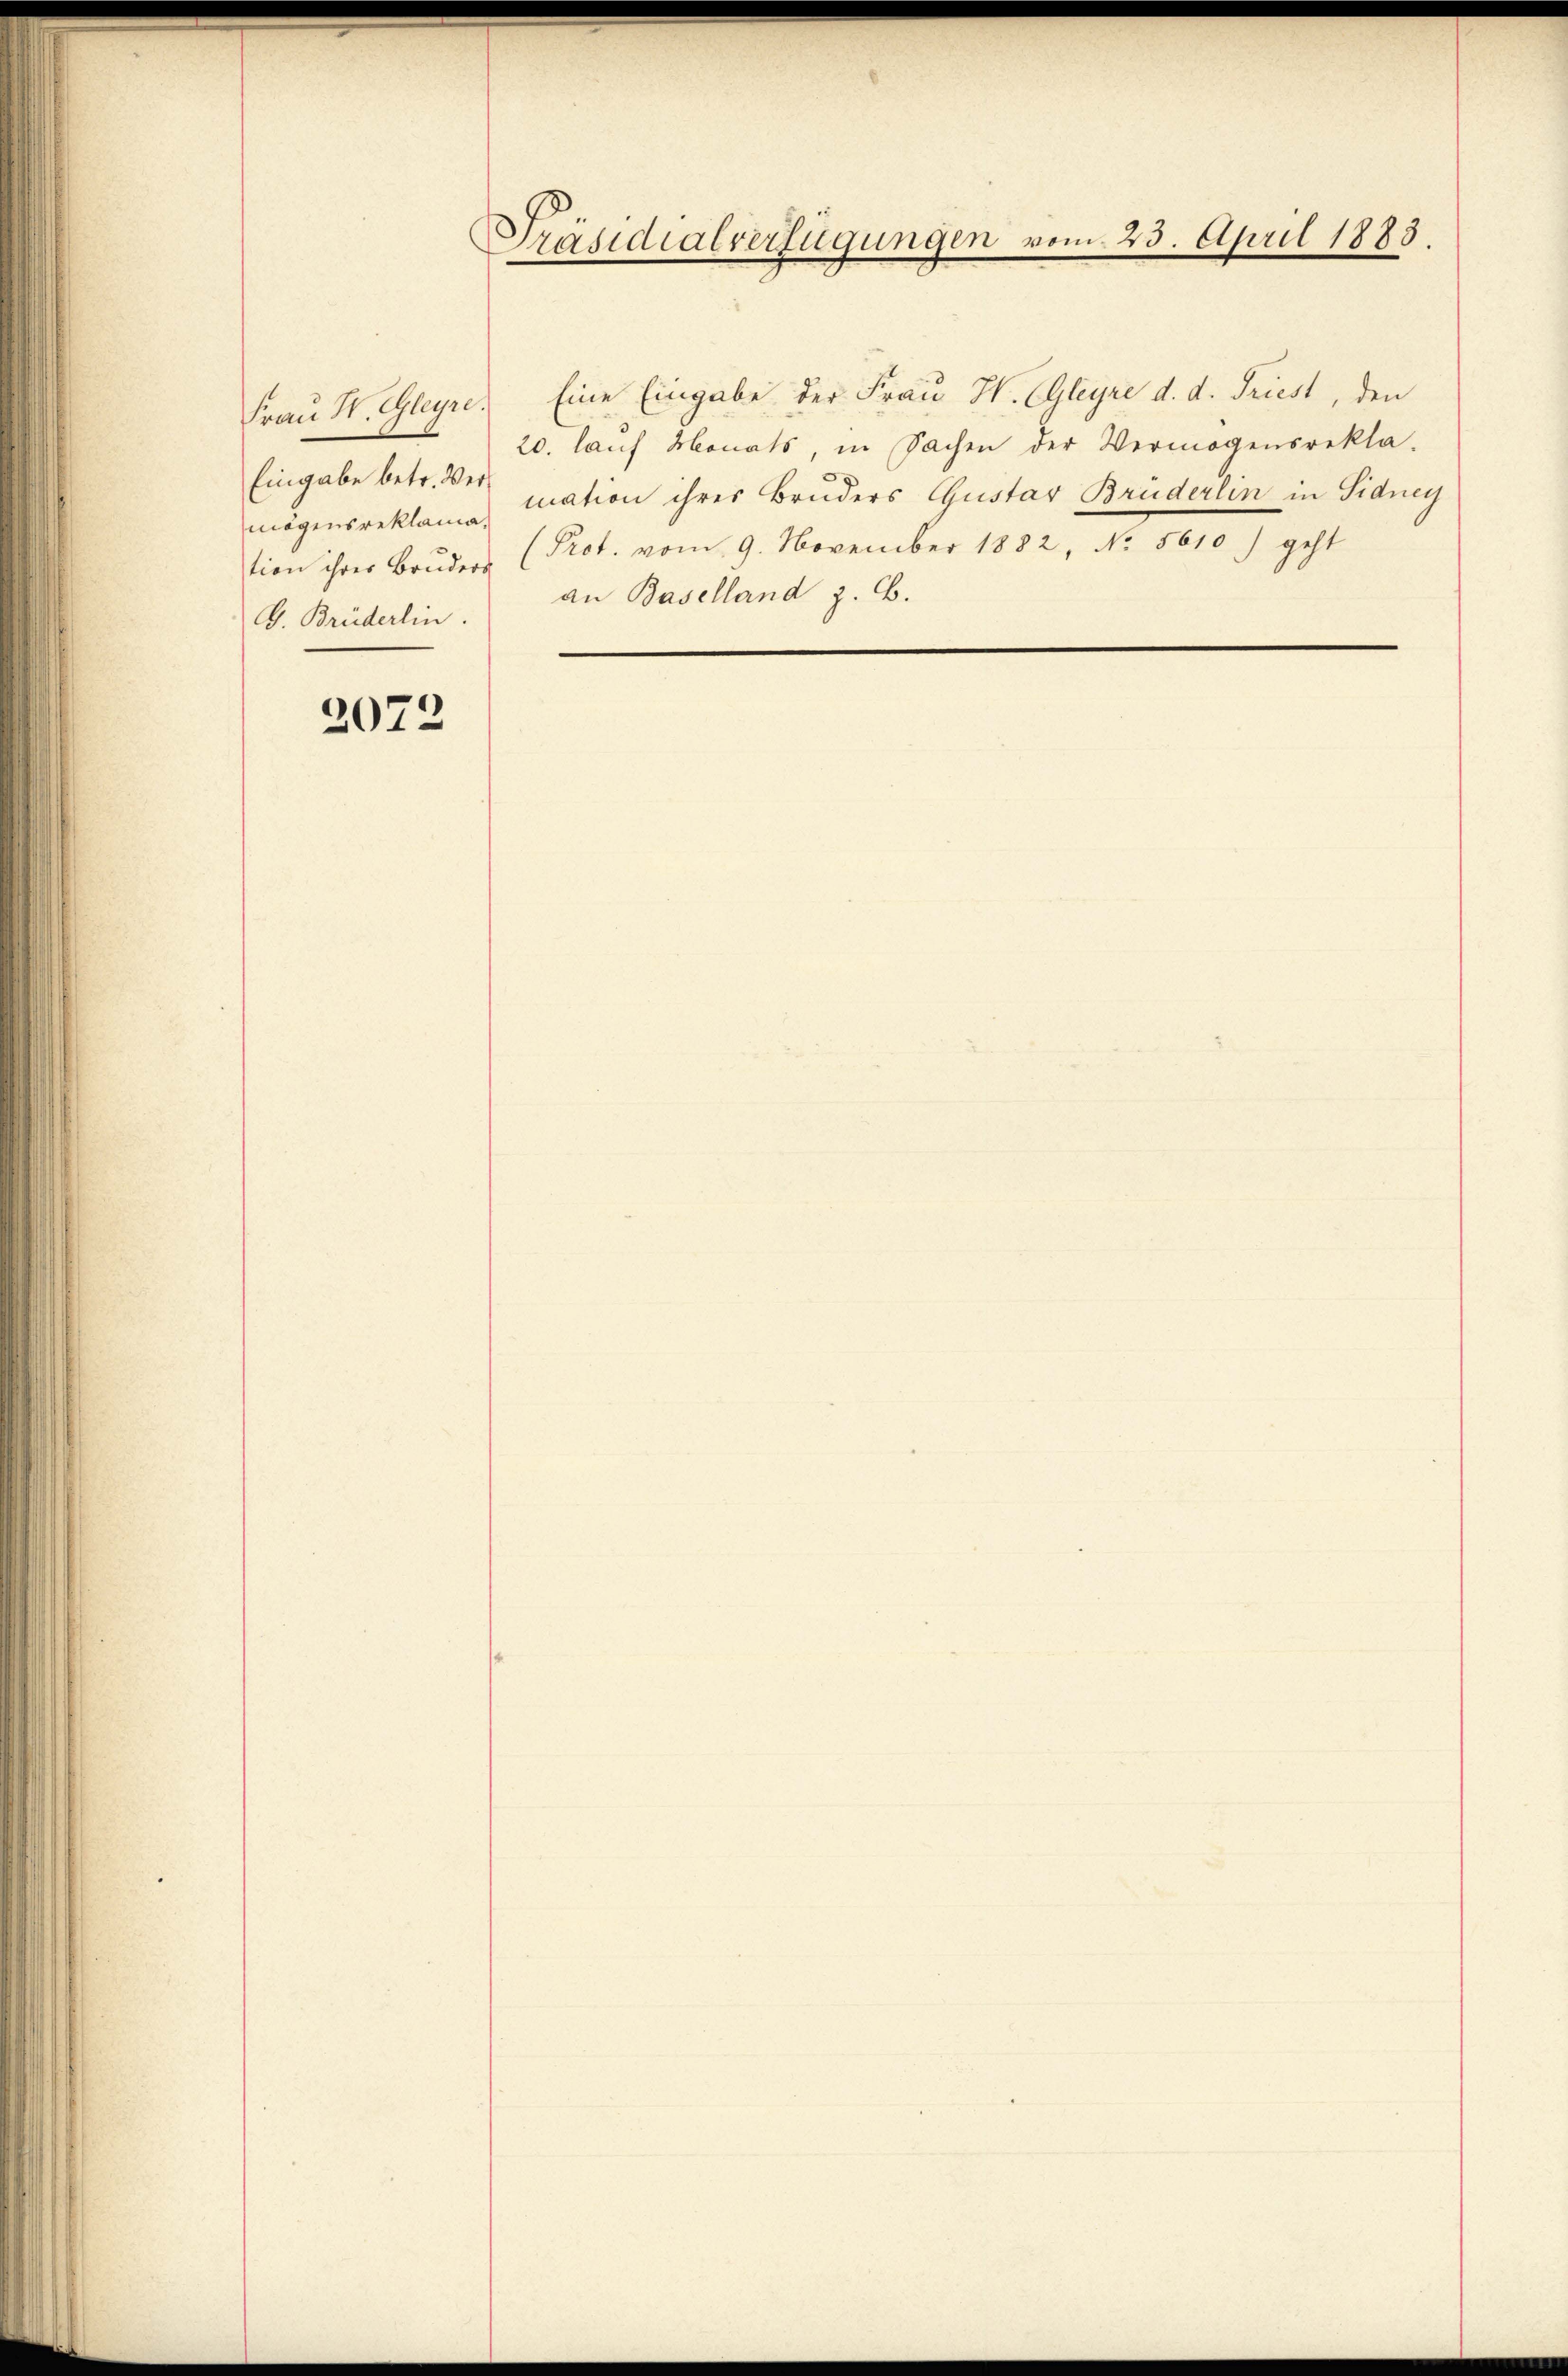
Eingabe betr. Ver¬
G. Brüderlin.

2072

Präsidialverfügungen vom 23. April 1883.

Frau W. Gleyre. Eine Eingabe der Frau H. CGleyre d. d. Triest, den
20. lauf Monats, in Sachen der Vermögensrekla-
mögensreklame mation ihrer Bruders Gustav Brüderlin in Sidney
tion ihrer Brŭders (Prot. vom 9. November 1882, No. 5610) geht
an Baselland z. B.